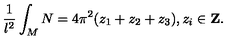
\frac { 1 } { l ^ { 2 } } \int _ { M } N = 4 \pi ^ { 2 } ( z _ { 1 } + z _ { 2 } + z _ { 3 } ) , z _ { i } \in \mathrm { { \bf Z } } .